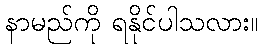
နာမည်ကို ရနိုင်ပါသလား။